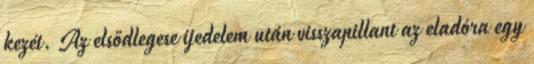
kezét. Az elsődlegese ijedelem után visszapillant az eladóra egy